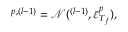
{ \boldsymbol { \mathbf { \mathit { \varepsilon } } } } ^ { p , ( l - 1 ) } = \mathcal { N } ( { \boldsymbol { \mathbf { \mathit { \varepsilon } } } } ^ { ( l - 1 ) } , \bar { \varepsilon } _ { T _ { f } } ^ { p } ) ,